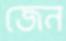
জেন